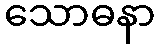
သောဓနာ